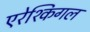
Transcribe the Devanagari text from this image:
एरेश्किगल